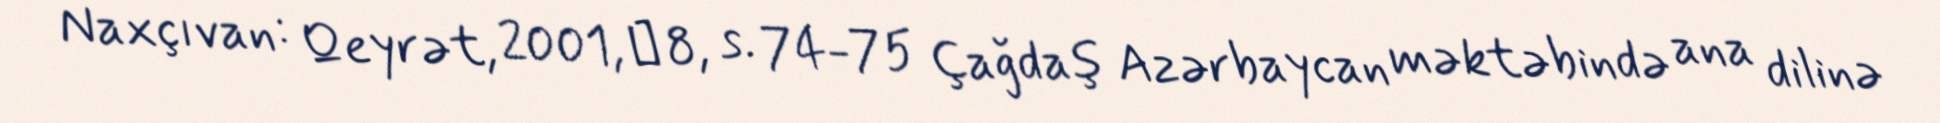
Naxçıvan: Qeyrət, 2001, № 8, s. 74-75 Çağdaş Azərbaycan məktəbində ana dilinə